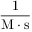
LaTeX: \mathrm { { \frac { 1 } { M \cdot s } } }